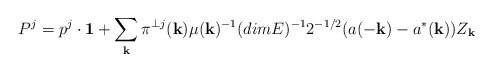
\begin{align*}P^{j} = p^{j}\cdot {\bf 1} + \sum_{\bf k} \pi^{\perp j}({\bf k}) \mu({\bf k})^{-1} (dim E)^{-1}2^{-1/2} (a(-{\bf k}) - a^{*}({\bf k}))Z_{\bf k}\end{align*}